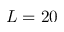
L = 2 0